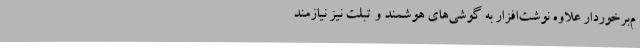
م‌برخوردار علاوه نوشت‌افزار به گوشی‌های هوشمند و تبلت نیز نیازمند